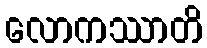
လောကဿာတိ